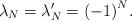
LaTeX: \begin{align*}\lambda_N = \lambda'_N = {(-1)}^N .\end{align*}